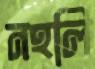
নহলি